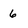
Character: 6